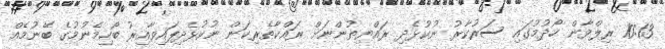
10:13 ރިލްވާން ހޯދުމުގައި ސަރުކާރު ނުކުޅެދި ރައްޔިތުންނަށް ރައްކާތެރިކަން ނުކުޅެދިފައިވާއިރު ބޯހިމެނުމުގެ ބޭނުމެއް